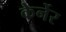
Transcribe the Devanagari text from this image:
केर्नेर